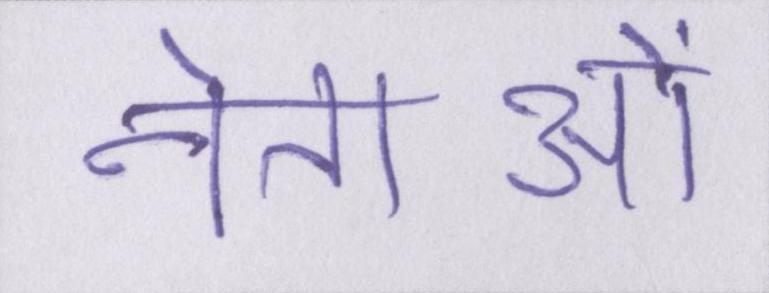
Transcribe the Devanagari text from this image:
नेताओं